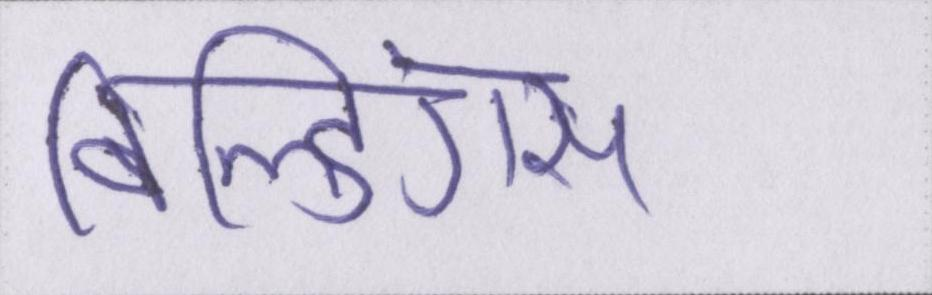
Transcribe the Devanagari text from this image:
बिल्डिंग्स